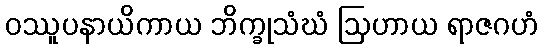
ဝဿူပနာယိကာယ ဘိက္ခုသံဃံ ဩဟာယ ရာဇဂဟံ